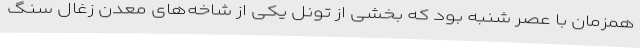
همزمان با عصر شنبه بود که بخشی از تونل یکی از شاخه‌های معدن زغال سنگ